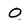
Character: O